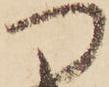
つ